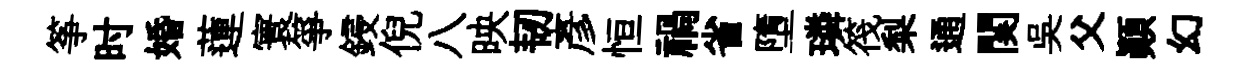
筝时婚蓮寰箏鋟倪八映韧彦恒禍省墮璘筏梨通関吳父顛幻